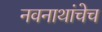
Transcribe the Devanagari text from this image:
नवनाथांचेच